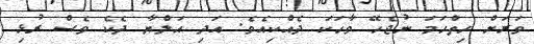
ވަރަށް ހިތްހަމަ ނުޖެހޭ ވާހަކަ ދެއްކިއެވެ. އަދި އަލްޔާ ދެކެ ވެސް ރުޅި